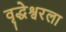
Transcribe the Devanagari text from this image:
वृद्धेश्वरला